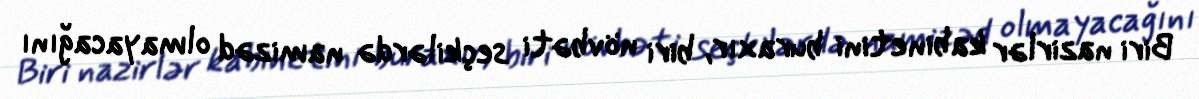
Biri nazirlər kabinetini buraxır, biri növbəti seçkilərdə namizəd olmayacağını